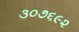
૩૦૭૬૯૨